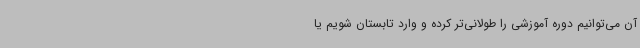
آن می‌توانیم دوره آموزشی را طولانی‌تر کرده و وارد تابستان شویم یا